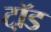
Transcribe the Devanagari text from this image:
टॉ़ड